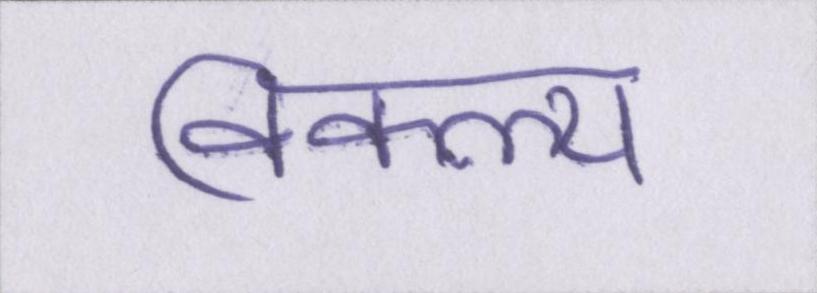
विकल्प